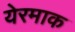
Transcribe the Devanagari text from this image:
येरमाक